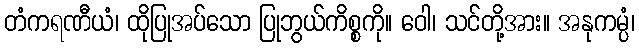
တံကရဏီယံ၊ ထိုပြုအပ်သော ပြုဘွယ်ကိစ္စကို။ ဝေါ၊ သင်တို့အား။ အနုကမ္ပံ၊